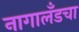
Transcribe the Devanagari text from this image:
नागालँडचा